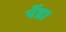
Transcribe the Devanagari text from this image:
पेंडा